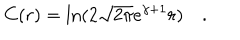
C ( r ) = \ln ( 2 \sqrt { 2 \pi } e ^ { \gamma + 1 } r ) \quad .